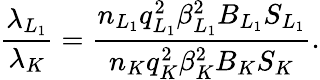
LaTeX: \frac{\lambda_{L_{1}}}{\lambda_{K}}=\frac{n_{L_{1}}q_{L_{1}}^{2}\beta_{L_{1}}^{2}B_{L_{1}}S_{L_{1}}}{n_{K}q_{K}^{2}\beta_{K}^{2}B_{K}S_{K}}.